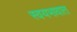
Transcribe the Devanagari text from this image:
स्वयभावात